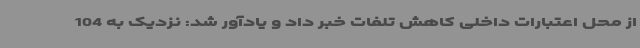
از محل اعتبارات داخلی کاهش تلفات خبر داد و یادآور شد: نزدیک به 104